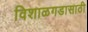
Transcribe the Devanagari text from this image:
विशाळगडासाठी